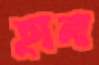
হানা